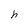
Character: h